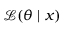
{ \mathcal { L } } ( \theta \mid x )